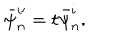
LaTeX: \bar { \psi } _ { n } ^ { i \prime } = t \bar { \psi } _ { n } ^ { i } .